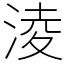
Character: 淩